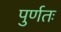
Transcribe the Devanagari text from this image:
पुर्णतः